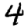
Digit: 4